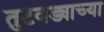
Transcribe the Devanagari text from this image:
तुटवड्याच्या